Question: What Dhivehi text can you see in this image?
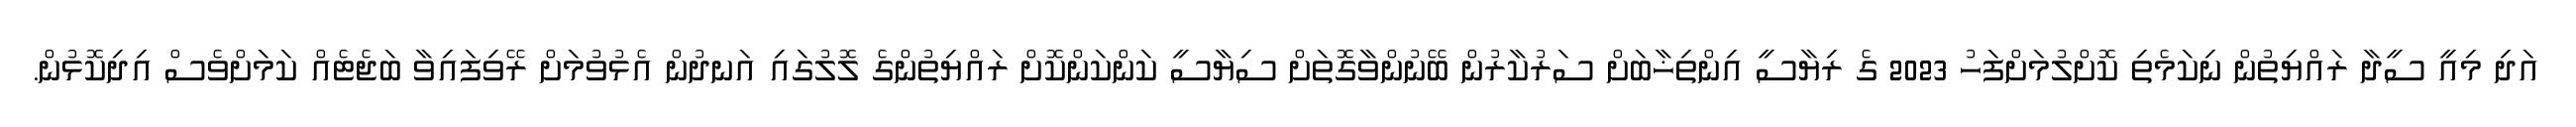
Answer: އަދި މިއީ ސީދާ ރައްޔިތުން ނިކަމެތި ކޮށްލުމަށްފަހު 2023 ގެ ރިޔާސީ އިންތިޚާބަށް ސަރުކާރުން ބޭނުންވާގޮތަށް ސިޔާސީ ކަންކަންކޮށް ރައްޔިތުންގެ ލޮލުގައި އަނދުން އެޅުވުމަށް ރޭވިފައިވާ ބަޖެޓެއް ކަމަށްވެސް އިދިކޮޅުން.